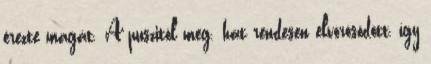
érezte magát. A puszitól meg. hát rendesen elvörösödött, így